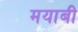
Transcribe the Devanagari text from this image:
मयाबी